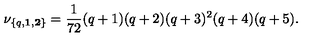
\nu _ { \{ q , { \bf 1 } , { \bf 2 } \} } = { \frac { 1 } { 7 2 } } ( q + 1 ) ( q + 2 ) ( q + 3 ) ^ { 2 } ( q + 4 ) ( q + 5 ) .